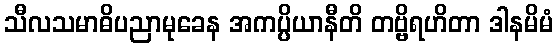
သီလသမာဓိပညာမုခေန အကပ္ပိယာနီတိ တဗ္ဗိရဟိတာ ဒါနမိမံ